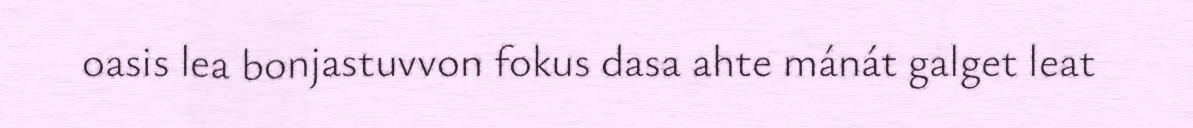
oasis lea bonjastuvvon fokus dasa ahte mánát galget leat